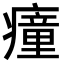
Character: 𤺄